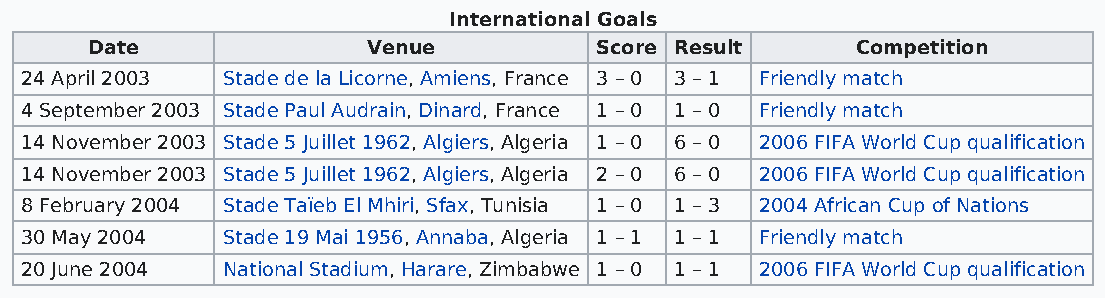
International Goals
 Date              Venue          Score Result      Competition
 24 April 2003 Stade de la Licorne, Amiens, France 3 – 0 3 – 1 Friendly match
 4 September 2003 Stade Paul Audrain, Dinard, France 1 – 0 1 – 0 Friendly match
 14 November 2003 Stade 5 Juillet 1962, Algiers, Algeria 1 – 0 6 – 0 2006 FIFA World Cup qualification
 14 November 2003 Stade 5 Juillet 1962, Algiers, Algeria 2 – 0 6 – 0 2006 FIFA World Cup qualification
 8 February 2004 Stade Taïeb El Mhiri, Sfax, Tunisia 1 – 0 1 – 3 2004 African Cup of Nations
 30 May 2004   Stade 19 Mai 1956, Annaba, Algeria 1 – 1 1 – 1 Friendly match
 20 June 2004  National Stadium, Harare, Zimbabwe 1 – 0 1 – 1 2006 FIFA World Cup qualification